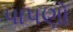
પાપણો